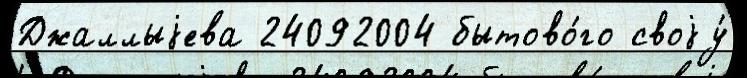
Джаллыjева 24092004 бытово́го своjу́